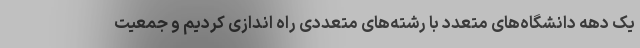
یک دهه دانشگاه‌های متعدد با رشته‌های متعددی راه اندازی کردیم و جمعیت